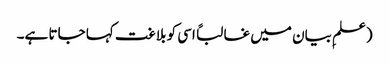
(علمِ بیان میں غالباً اسی کو بلاغت کہا جاتا ہے۔